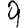
Digit: 9